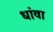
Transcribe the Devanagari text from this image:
धांवा